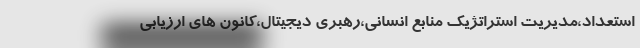
استعداد،مدیریت استراتژیک منابع انسانی،رهبری دیجیتال،کانون های ارزیابی